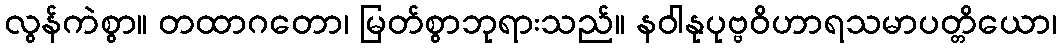
လွန်ကဲစွာ။ တထာဂတော၊ မြတ်စွာဘုရားသည်။ နဝါနုပုဗ္ဗဝိဟာရသမာပတ္တိယော၊